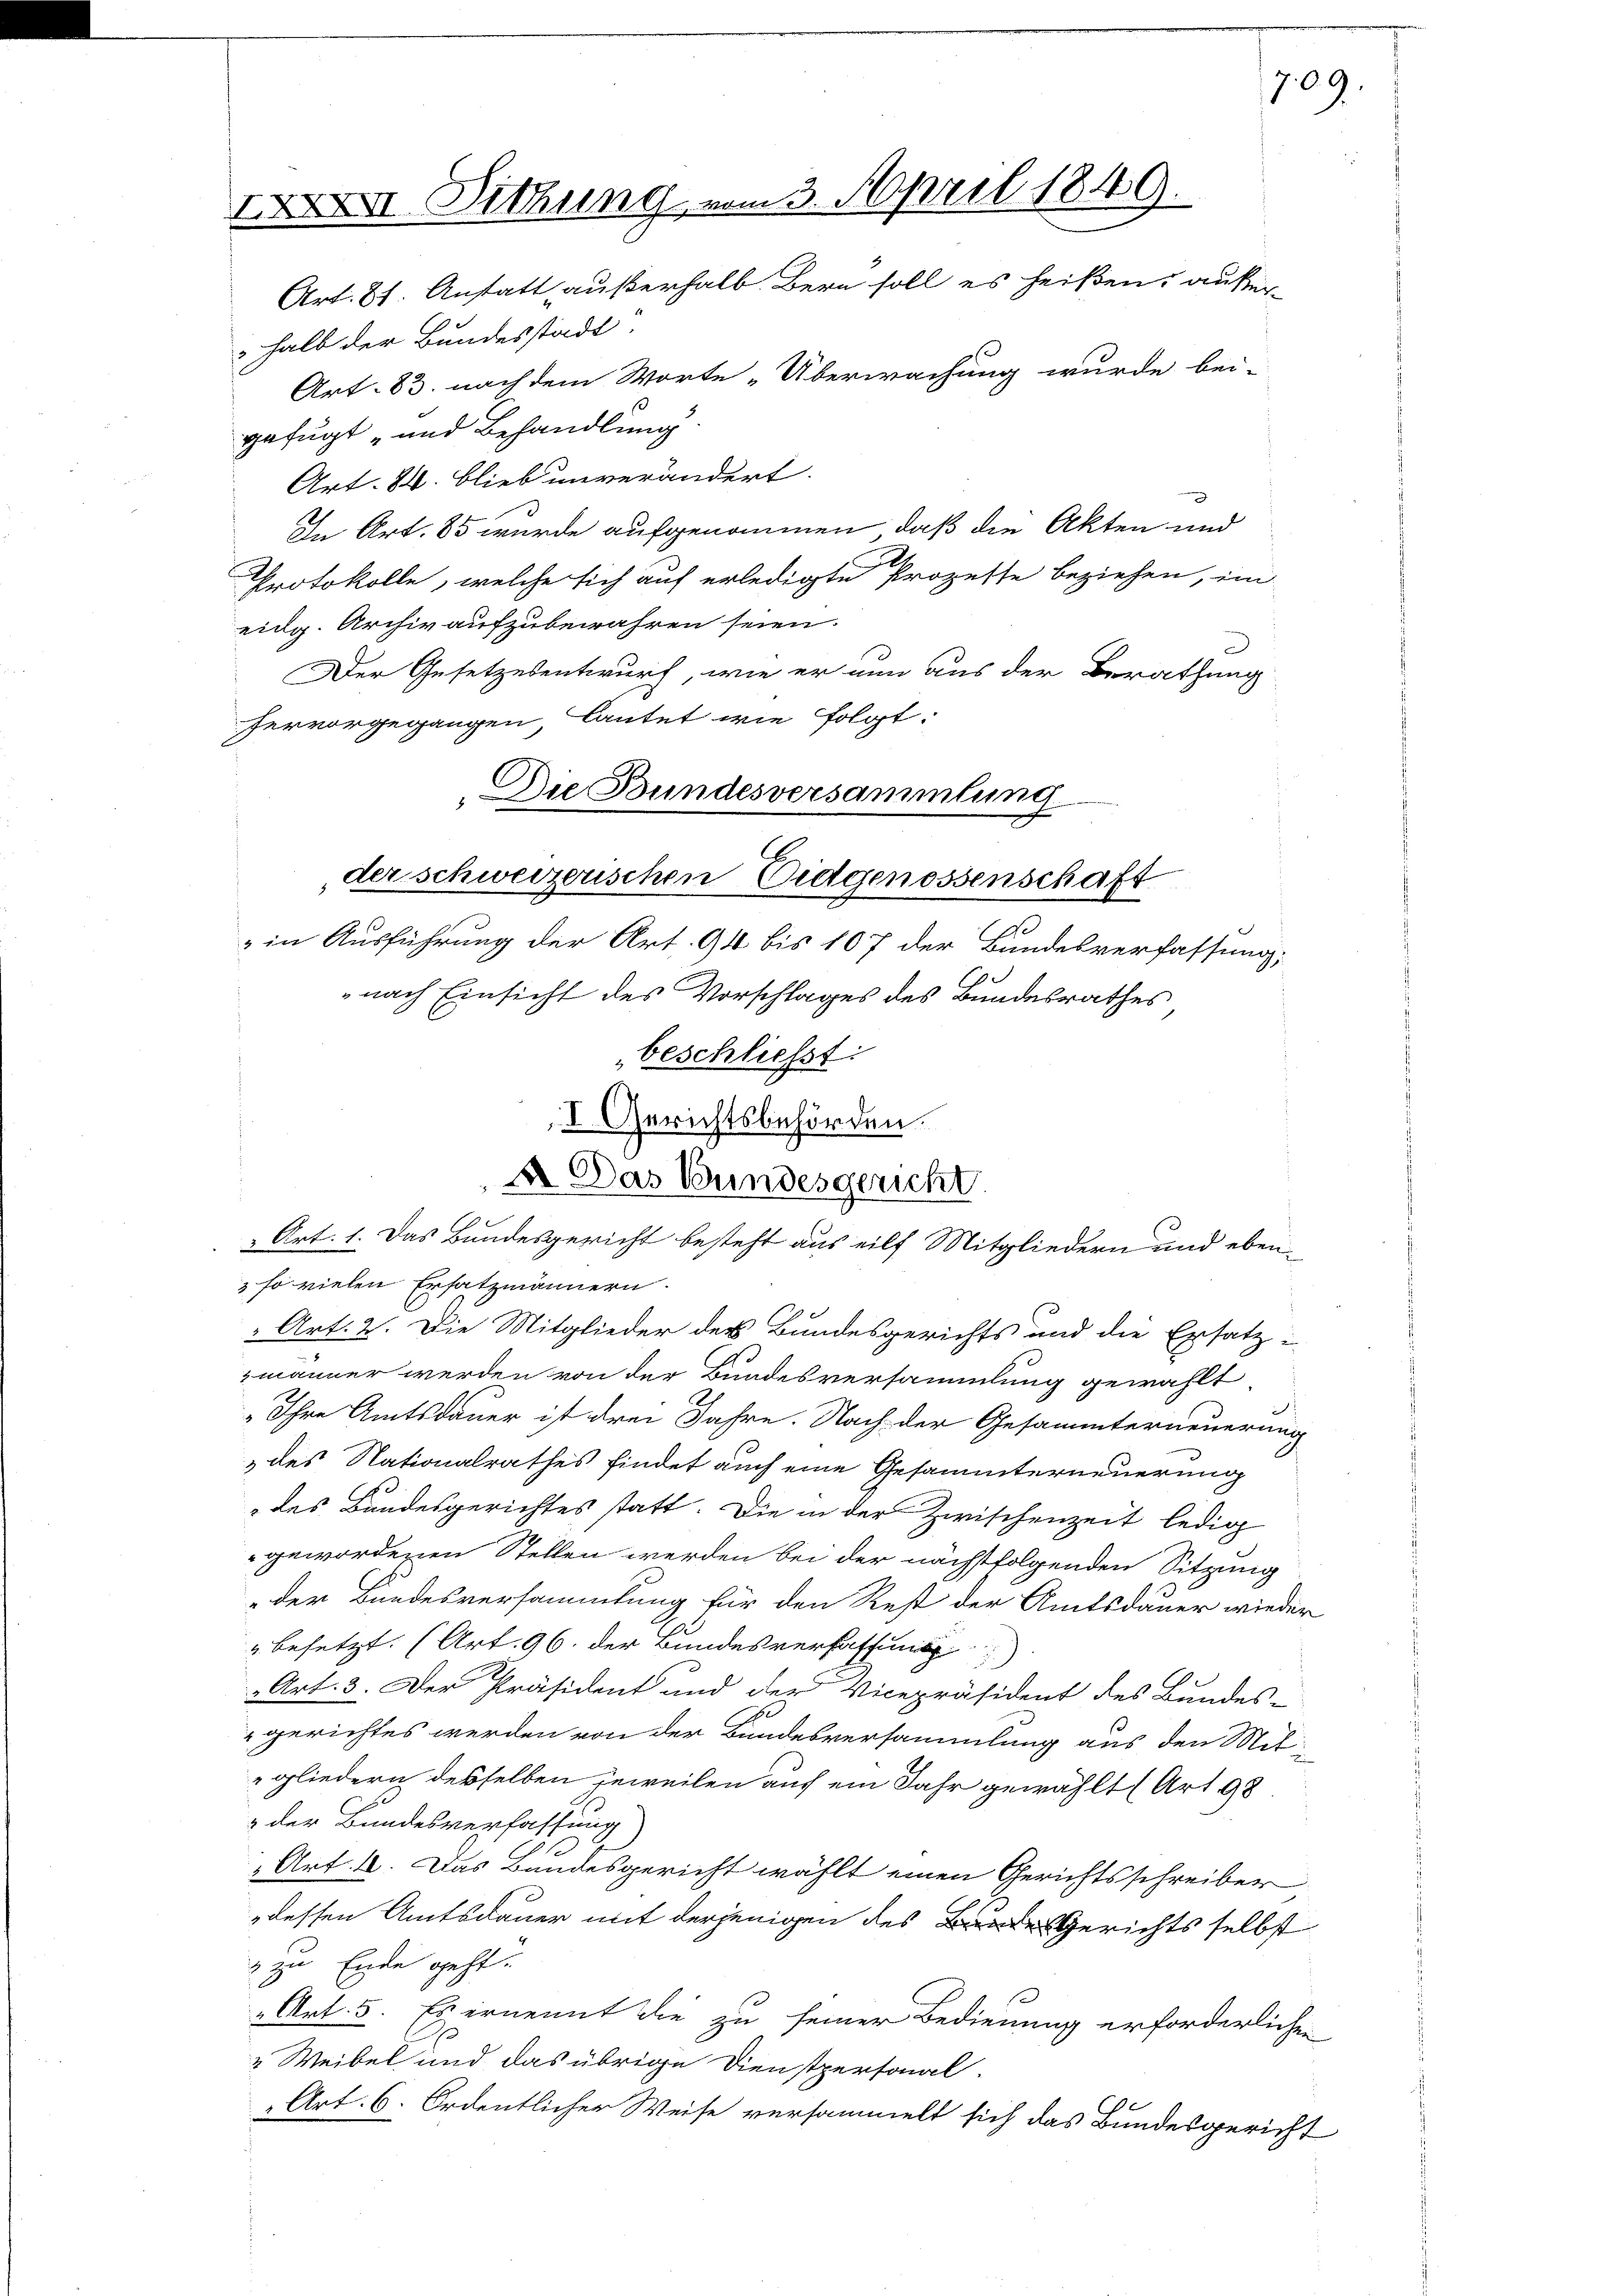
XI. Bethung vom 3. April 1849.
Art. 81. Anstatt außerhalb. Bern soll es heißen, außer¬

halb der Bundesstadt.
Art. 83. nach dem Worte „Überwachung wurde bei-
gefügt und Behandlung.
Art. 84. blieb unverändert.
g
In Art. 85 wurde aufgenommen, daß die Akten und
Protokolle, welche sich auf erledigte Prozesse beziehen, im
eidg. Archiv aufzubewahren seien.
Der Gesetzesentwurf, wie er nun aus der Berathung
hervorgegangen, lautet wie folgt:
& in Ausführung der Art. 94 bis 107 der Bundesverfassung,
3
nach Einsicht des Vorschlages des Bundesrathes
& so vielen Ersatzmännern.
Art. 2. Die Mitglieder des Bundesgerichts und die Ersatz-
zmänner werden von der Bundesversammlung gewählt.
„Ihre Amtsdauer ist drei Jahre. Nach der Gesammterneuerung
„des Nationalrathes findet auch eine Gesammterneuerung
des Bandesgerichtes statt. Die in der Zwischenzeit ledig
gewordenen Stellen werden bei der nächstfolgenden Sitzung
der Bundesversammlung für den Rest der Amtsdauer wieder
" besetzt. (Art. 96. der Bundesverfassung
 Art. 3. Der Präsident und der Vicepräsident des Bundes-
10
gerichtes werden von der Bundesversammlung aus den Mitgliedern desselben jeweilen auf ein Jahr gewählt (Art. 98
& der Bundesverfassung
Art. 4. Das Bundesgericht wählt einen Gerichtsschreiber
dessen Amtsdauer mit derjenigen des Gerichts selbst
 zu Ende geht.
„Art. 5. Es ernennt die zu seiner Bedienung erforderlichen
2 Weibel und das übrige Dienstpersonal-
Art. 6. Ordentlicher Weise versammelt sich das Bundesgericht

Die Bundesversammlung
der schweizerischen Eidgenossenschaft

beschliesst:
I Gerichtsbehörden.
A Das Bundesgericht
 Art. 1. Das Bundesgericht besteht aus eilf Mitgliedern und eben¬

709.